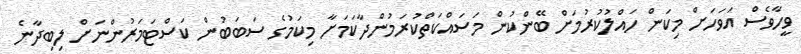
ވީހާވެސް އަވަހަށް މިކަން ހައްލުކުރުމަށް ބޭންކުން މަސައްކަތްކުރަމުންދާކަމަށާ މިކަމުގެ ސަބަބުން ކަސްޓަމަރުންނަށް ލިބިދާނެ